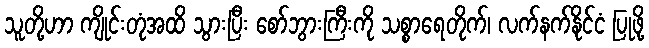
သူတို့ဟာ ကျိုင်းတုံအထိ သွားပြီး စော်ဘွားကြီးကို သစ္စာရေတိုက်၊ လက်နက်နိုင်ငံ ပြုဖို့